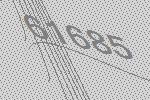
61685